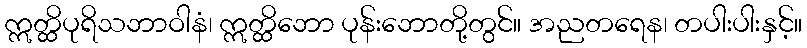
ဣတ္ထိပုရိသဘာဝါနံ၊ ဣတ္ထိဘော ပုန်းဘောတို့တွင်။ အညတရေန၊ တပါးပါးနှင့်။